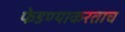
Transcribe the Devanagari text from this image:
फेडण्याकरताच